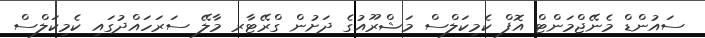
ސައުންޑް މެނޭޖްމަންޓް އޮފް ކެމިކަލްސް މަޝްރޫއުގެ ދަށުން ގްރޭޓާރ މާލޭ ސަރަހައްދުގައި ކެމިކަލްސް